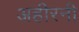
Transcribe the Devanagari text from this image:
अहीरनी